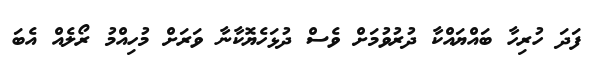
ފަދަ ހުރިހާ ބައްޔައްކާ ދުރުވުމަށް ވެސް ދުޅަހެޔޮކާނާ ވަރަށް މުހިއްމު ރޯލެއް އެބަ